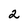
Character: 2